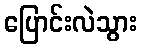
ပြောင်းလဲသွား